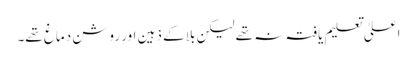
اعلیٰ تعلیم یافتہ نہ تھے لیکن بلا کے ذہین اور روشن دماغ تھے۔